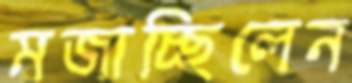
মজাচ্ছিলেন